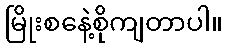
မြိုးစနေဲ့စိုကျတာပါ။